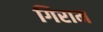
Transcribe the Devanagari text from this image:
गिराम